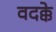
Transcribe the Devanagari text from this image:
वदक्के